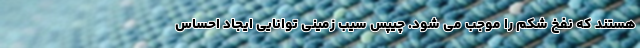
هستند که نفخ شکم را موجب می شود. چیپس سیب زمینی توانایی ایجاد احساس